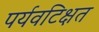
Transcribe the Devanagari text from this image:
पर्यवटिक्षत